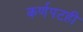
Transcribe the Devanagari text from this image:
कर्णपटही